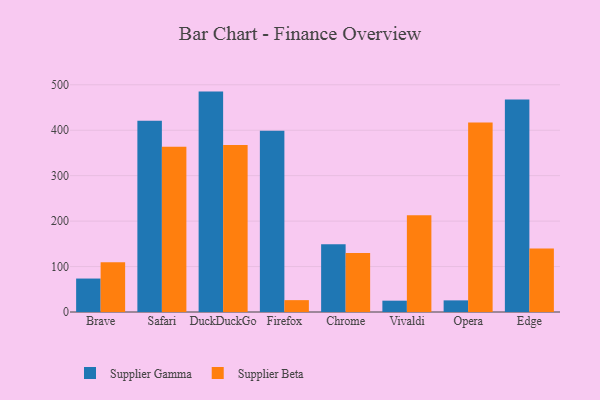
{"axis": {"x": "Browser", "y": "Conversion Rate (%)"}, "legend": ["Supplier Beta", "Supplier Gamma"], "data": [{"x": "Brave", "y": 73.6, "type": "Supplier Gamma"}, {"x": "Brave", "y": 109.6, "type": "Supplier Beta"}, {"x": "Safari", "y": 420.8, "type": "Supplier Gamma"}, {"x": "Safari", "y": 363.9, "type": "Supplier Beta"}, {"x": "DuckDuckGo", "y": 485.0, "type": "Supplier Gamma"}, {"x": "DuckDuckGo", "y": 367.7, "type": "Supplier Beta"}, {"x": "Firefox", "y": 398.7, "type": "Supplier Gamma"}, {"x": "Firefox", "y": 26.1, "type": "Supplier Beta"}, {"x": "Chrome", "y": 149.1, "type": "Supplier Gamma"}, {"x": "Chrome", "y": 130.0, "type": "Supplier Beta"}, {"x": "Vivaldi", "y": 24.9, "type": "Supplier Gamma"}, {"x": "Vivaldi", "y": 212.7, "type": "Supplier Beta"}, {"x": "Opera", "y": 25.6, "type": "Supplier Gamma"}, {"x": "Opera", "y": 417.0, "type": "Supplier Beta"}, {"x": "Edge", "y": 467.7, "type": "Supplier Gamma"}, {"x": "Edge", "y": 139.7, "type": "Supplier Beta"}]}